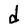
Character: d